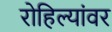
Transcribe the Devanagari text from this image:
रोहिल्यांवर